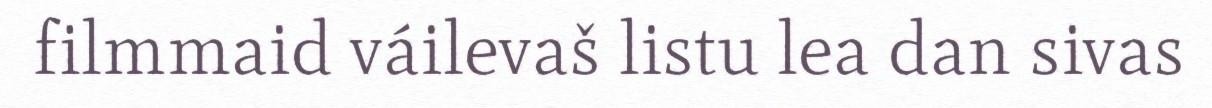
filmmaid váilevaš listu lea dan sivas